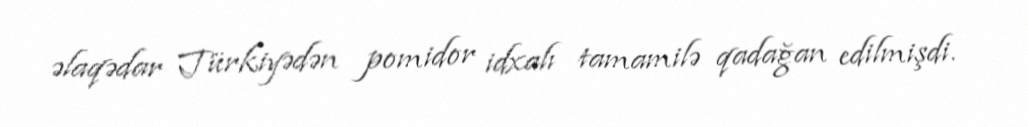
əlaqədar Türkiyədən pomidor idxalı tamamilə qadağan edilmişdi.